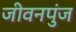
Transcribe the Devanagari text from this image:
जीवनपुंज